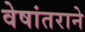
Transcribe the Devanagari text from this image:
वेषांतराने